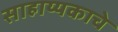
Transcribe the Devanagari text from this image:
साहाय्यकाचे